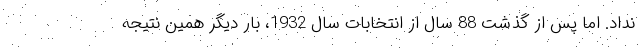
نداد. اما پس از گذشت 88 سال از انتخابات سال 1932، بار دیگر همین نتیجه